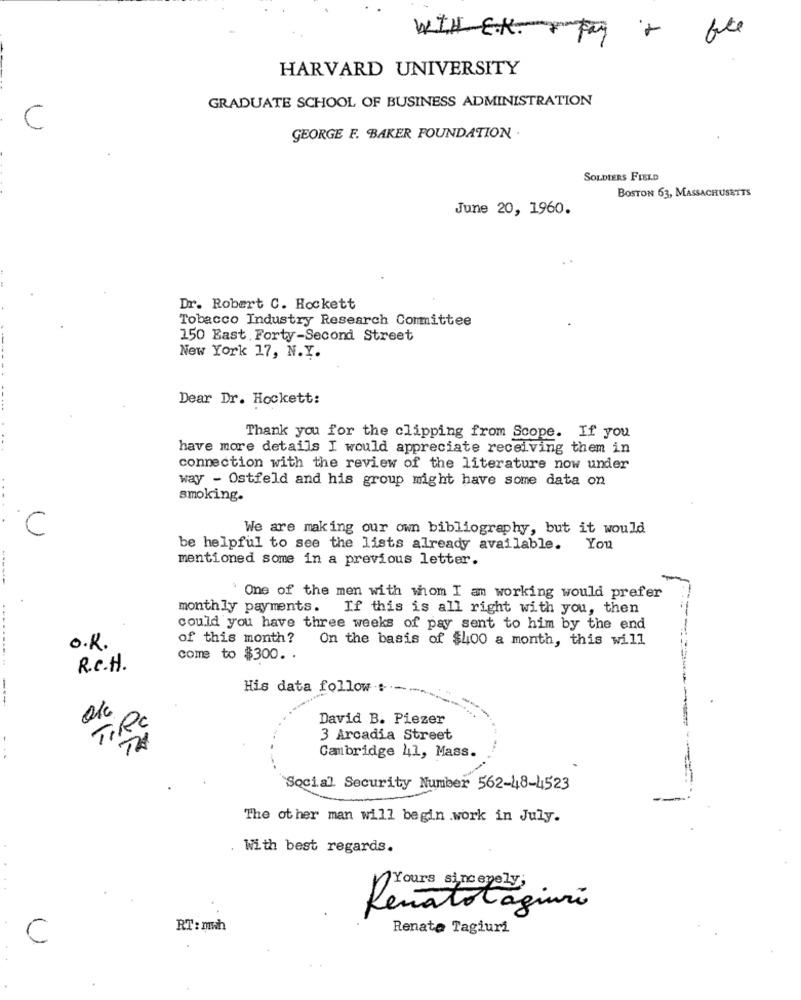
WITH E.K. pay
HARVARD UNIVERSITY
GRADUATE SCHOOL OF BUSINESS ADMINISTRATION
C
GEORGE F. BAKER FOUNDATION .
SOLDIERS FIELD
BOSTON 63, MASSACHUSETTS
June 20, 1960.
Dr. Robert C. Hockett
Tobacco Industry Research Committee
150 East. Forty-Second Street
New York 17, N.Y.
Dear Dr. Hockett:
Thank you for the clipping from Scope. If you
have more details I would appreciate receiving them in
connection with the review of the literature now under
way - Ostfeld and his group might have some data on
smoking.
C
We are making our own bibliography, but it would
be helpful to see the lists already available. You
mentioned some in a previous letter.
-----
One of the men with whom I am working would prefer
monthly payments.
If this is all right with you, then
could you have three weeks of pay sent to him by the end
of this month?
On the basis of $400 a month, this will
O.K.
come to $300. .
...........
R.C.H.
His data follow :-
TiPC
David B. Piezer
3 Arcadia Street
Cambridge 41, Mass.
`Social Security Number 562-48-4523
The other man will begin .work in July.
With best regards.
. . .
Yours sincerely,
Renatotagiuri
RT : mwh
Renata Tagiuri
C